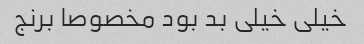
خیلی خیلی بد بود مخصوصا برنج